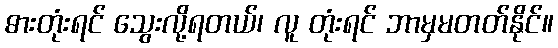
ဓားတုံးရင် သွေးလို့ရတယ်၊ လူ တုံးရင် ဘာမှမတတ်နိုင်။